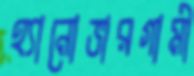
হ্যানোভারগামী